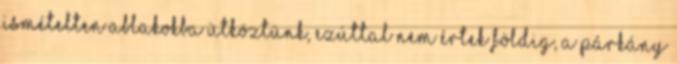
ismételten ablakokba ütköztünk, ezúttal nem értek földig, a párkány